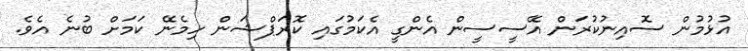
އުޅުމުން ސޮއިނުކުރަން އޭސީސީން އެންގީ އެކަމުގައި ކޮރަޕްޝަން ހިމެނޭ ކަމަށް ބުނެ އެވެ.